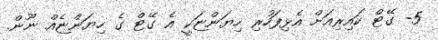
5- ގޭޓް ކައިރިއަށް އެޅިފަހުރި ހިޔަންޏަކީ އެ ގޭޓް ގެ ހިޔަންޏެއް ނޫން.